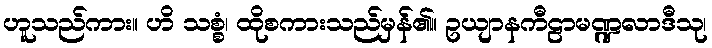
ဟူသည်ကား။ ဟိ သစ္စံ၊ ထိုစကားသည်မှန်၏။ ဥယျာနကီဠာမဏ္ဍလာဒီသု၊